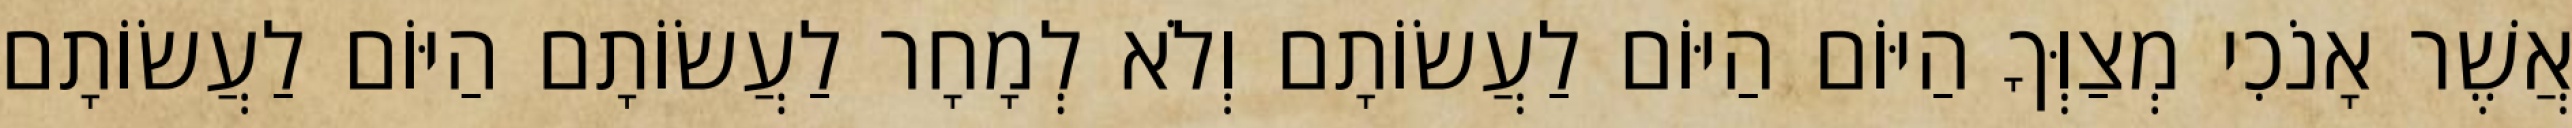
אֲשֶׁר אָנֹכִי מְצַוְּךָ הַיּוֹם הַיּוֹם לַעֲשׂוֹתָם וְלֹא לְמָחָר לַעֲשׂוֹתָם הַיּוֹם לַעֲשׂוֹתָם